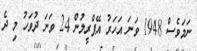
ނަމަވެސް 1948 ވަނަ އަހަރު އޭޕްރީލުން 24 ވަނަ ދުވަހު މި ދެ